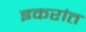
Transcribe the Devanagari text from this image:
इकरांत